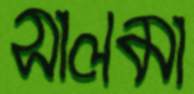
সালমা